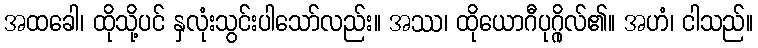
အထခေါ၊ ထိုသို့ပင် နှလုံးသွင်းပါသော်လည်း။ အဿ၊ ထိုယောဂီပုဂ္ဂိုလ်၏။ အဟံ၊ ငါသည်။